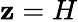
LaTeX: \mathbf{z}=H